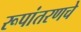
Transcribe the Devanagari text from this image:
रूपांतरणचे